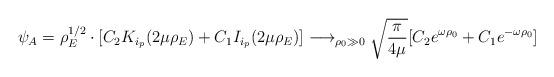
LaTeX: \begin{align*}\psi_A = \rho^{1/2}_E \cdot [ C_2 K_{i_p}(2 \mu \rho_E) + C_1 I_{i_p}(2\mu\rho_E)] \longrightarrow_{\rho_0 \gg 0} \sqrt{ \frac{\pi}{4\mu} }[C_2 e^{\omega\rho_0} + C_1 e^{- \omega\rho_0}]\end{align*}